Triennial report on the lunatic asylums in the province of Eastern Bengal and Assam - 1903-1911
Year: 1903
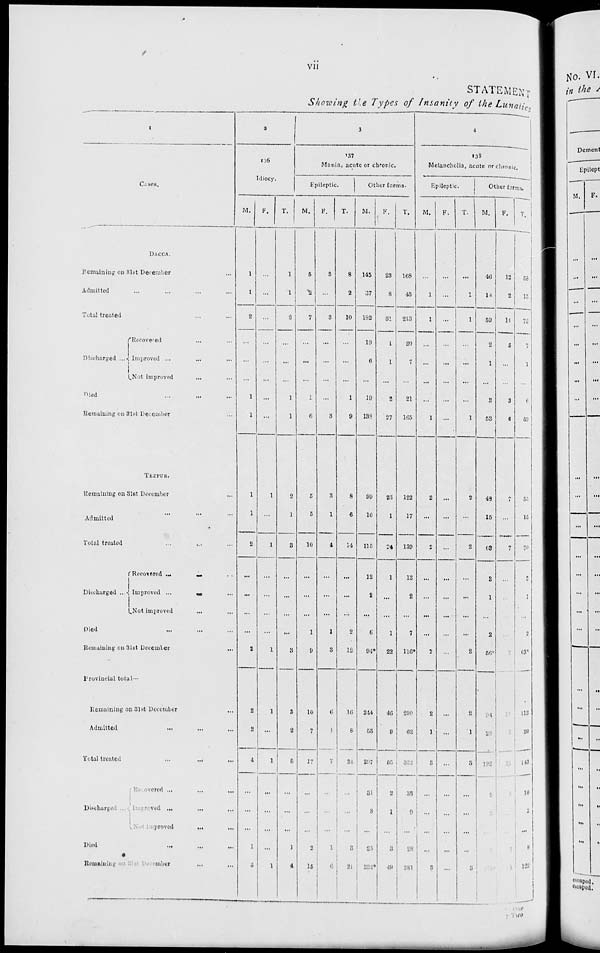
vii
STATEMENT
Showing the Types of Insanity of the Lunatics
1
Cases.
DACCA.
Remaining on 31st December ...
Admitted ... ... ... ...
Total treated ... ...
Dicharged ...
Recovered ... ...
Improved ... ... ...
Not improved ... ...
Died ... ... ...
Remaining on 31st December ...
TEZPUR.
Remaining on 31st December ...
Admitted ... ... ...
Total treated ... ... ...
Discharged ..
Recovered
...
...
...
Improved
... ... ...
Not improved ... ...
Died ... ... ...
Remaining on 31st December ...
Provincial total ...
Remaining on 31st December ...
Admitted ... ... ...
Total treated ... ... ...
Discharges ...
Recovered ... ... ...
Improved ... ... ...
Not improved ... ...
Died ... ... ... ...
Remaining on 31st December ... ...
2
136
Idiocy.
M.
1
1
2
...
...
...
1
1
1
1
2
...
...
...
...
2
2
2
4
...
...
...
1
3
F.
...
...
...
...
...
...
...
...
1
1
...
...
...
...
1
1
...
1
...
...
...
...
1
T.
1
1
2
...
...
...
1
1
2
1
3
...
...
...
...
3
3
2
5
...
...
...
1
4
3
137
Mania, acute or chronic.
Epileptic.
M.
5
2
7
...
...
...
1
6
5
5
10
...
...
...
1
9
10
7
17
...
...
...
2
15
F.
3
...
3
...
...
...
...
3
3
1
4
...
...
...
1
3
6
1
7
...
...
...
1
6
T.
8
2
10
...
...
1
9
8
6
14
...
...
...
2
12
16
8
24
...
...
...
3
20
Other forms.
M.
145
37
182
19
6
...
19
138
99
16
115
12
2
...
6
94*
244
53
257
31
...
...
21
230
F.
23
8
32
1
1
...
2
27
23
1
24
1
...
...
1
22
46
9
54
2
1
1
3
49
T.
168
45
213
20
7
...
21
165
122
17
139
13
2
...
7
116*
290
62
311
33
1
1
24
281
4
138
Melancholia, acute or chronic.
Epileptic.
M.
...
1
1
...
...
...
...
1
2
...
2
...
...
...
...
2
2
1
...
...
...
...
...
3
F.
...
...
...
...
...
...
...
...
...
...
...
...
...
...
...
...
...
...
...
...
...
...
...
...
T.
...
1
1
...
...
...
...
1
2
...
2
...
...
...
...
2
2
1
...
...
...
...
...
3
Other
forms.
M.
46
13
59
2
1
...
3
53
48
15
63
3
1
...
2
56
4
2
2
F.
12
2
14
5
...
...
3
6
7
...
7
...
...
...
...
7
T.
58
15
79
7
1
...
6
59
55
15
70
3
1
...
2
63
113
30
143
10
2
...
8
12